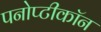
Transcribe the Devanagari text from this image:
पनोप्टीकॉन